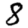
Digit: 8